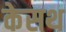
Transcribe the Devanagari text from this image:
केसथ